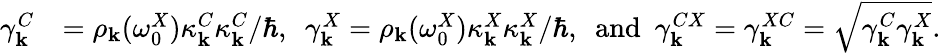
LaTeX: \begin{array}{rl}{\gamma_{\mathbf k}^{C}}&{=\rho_{\mathbf k}(\omega_{0}^{X})\kappa_{\mathbf k}^{C}\kappa_{\mathbf k}^{C}/\hbar,~~\gamma_{\mathbf k}^{X}=\rho_{\mathbf k}(\omega_{0}^{X})\kappa_{\mathbf k}^{X}\kappa_{\mathbf k}^{X}/\hbar,~~\mathrm{and}~~\gamma_{\mathbf k}^{CX}=\gamma_{\mathbf k}^{XC}=\sqrt{\gamma_{\mathbf k}^{C}\gamma_{\mathbf k}^{X}}.}\end{array}